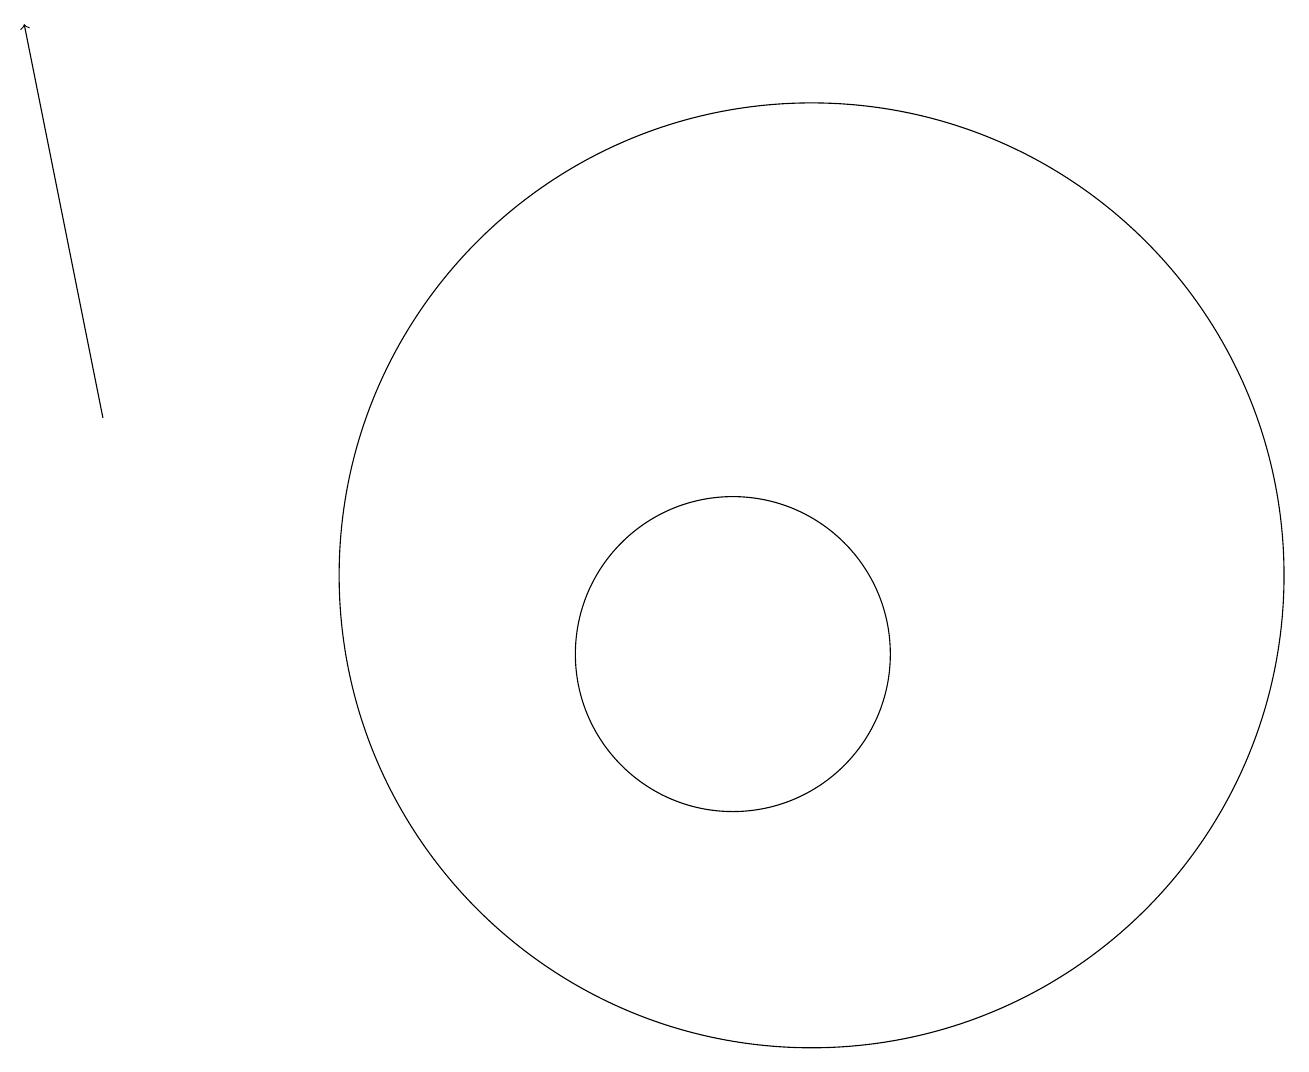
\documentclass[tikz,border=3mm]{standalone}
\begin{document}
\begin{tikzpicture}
\draw[->] (2,13) -- (1,18);
\draw (10,10) circle (2);
\draw (11,11) circle (6);
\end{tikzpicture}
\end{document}